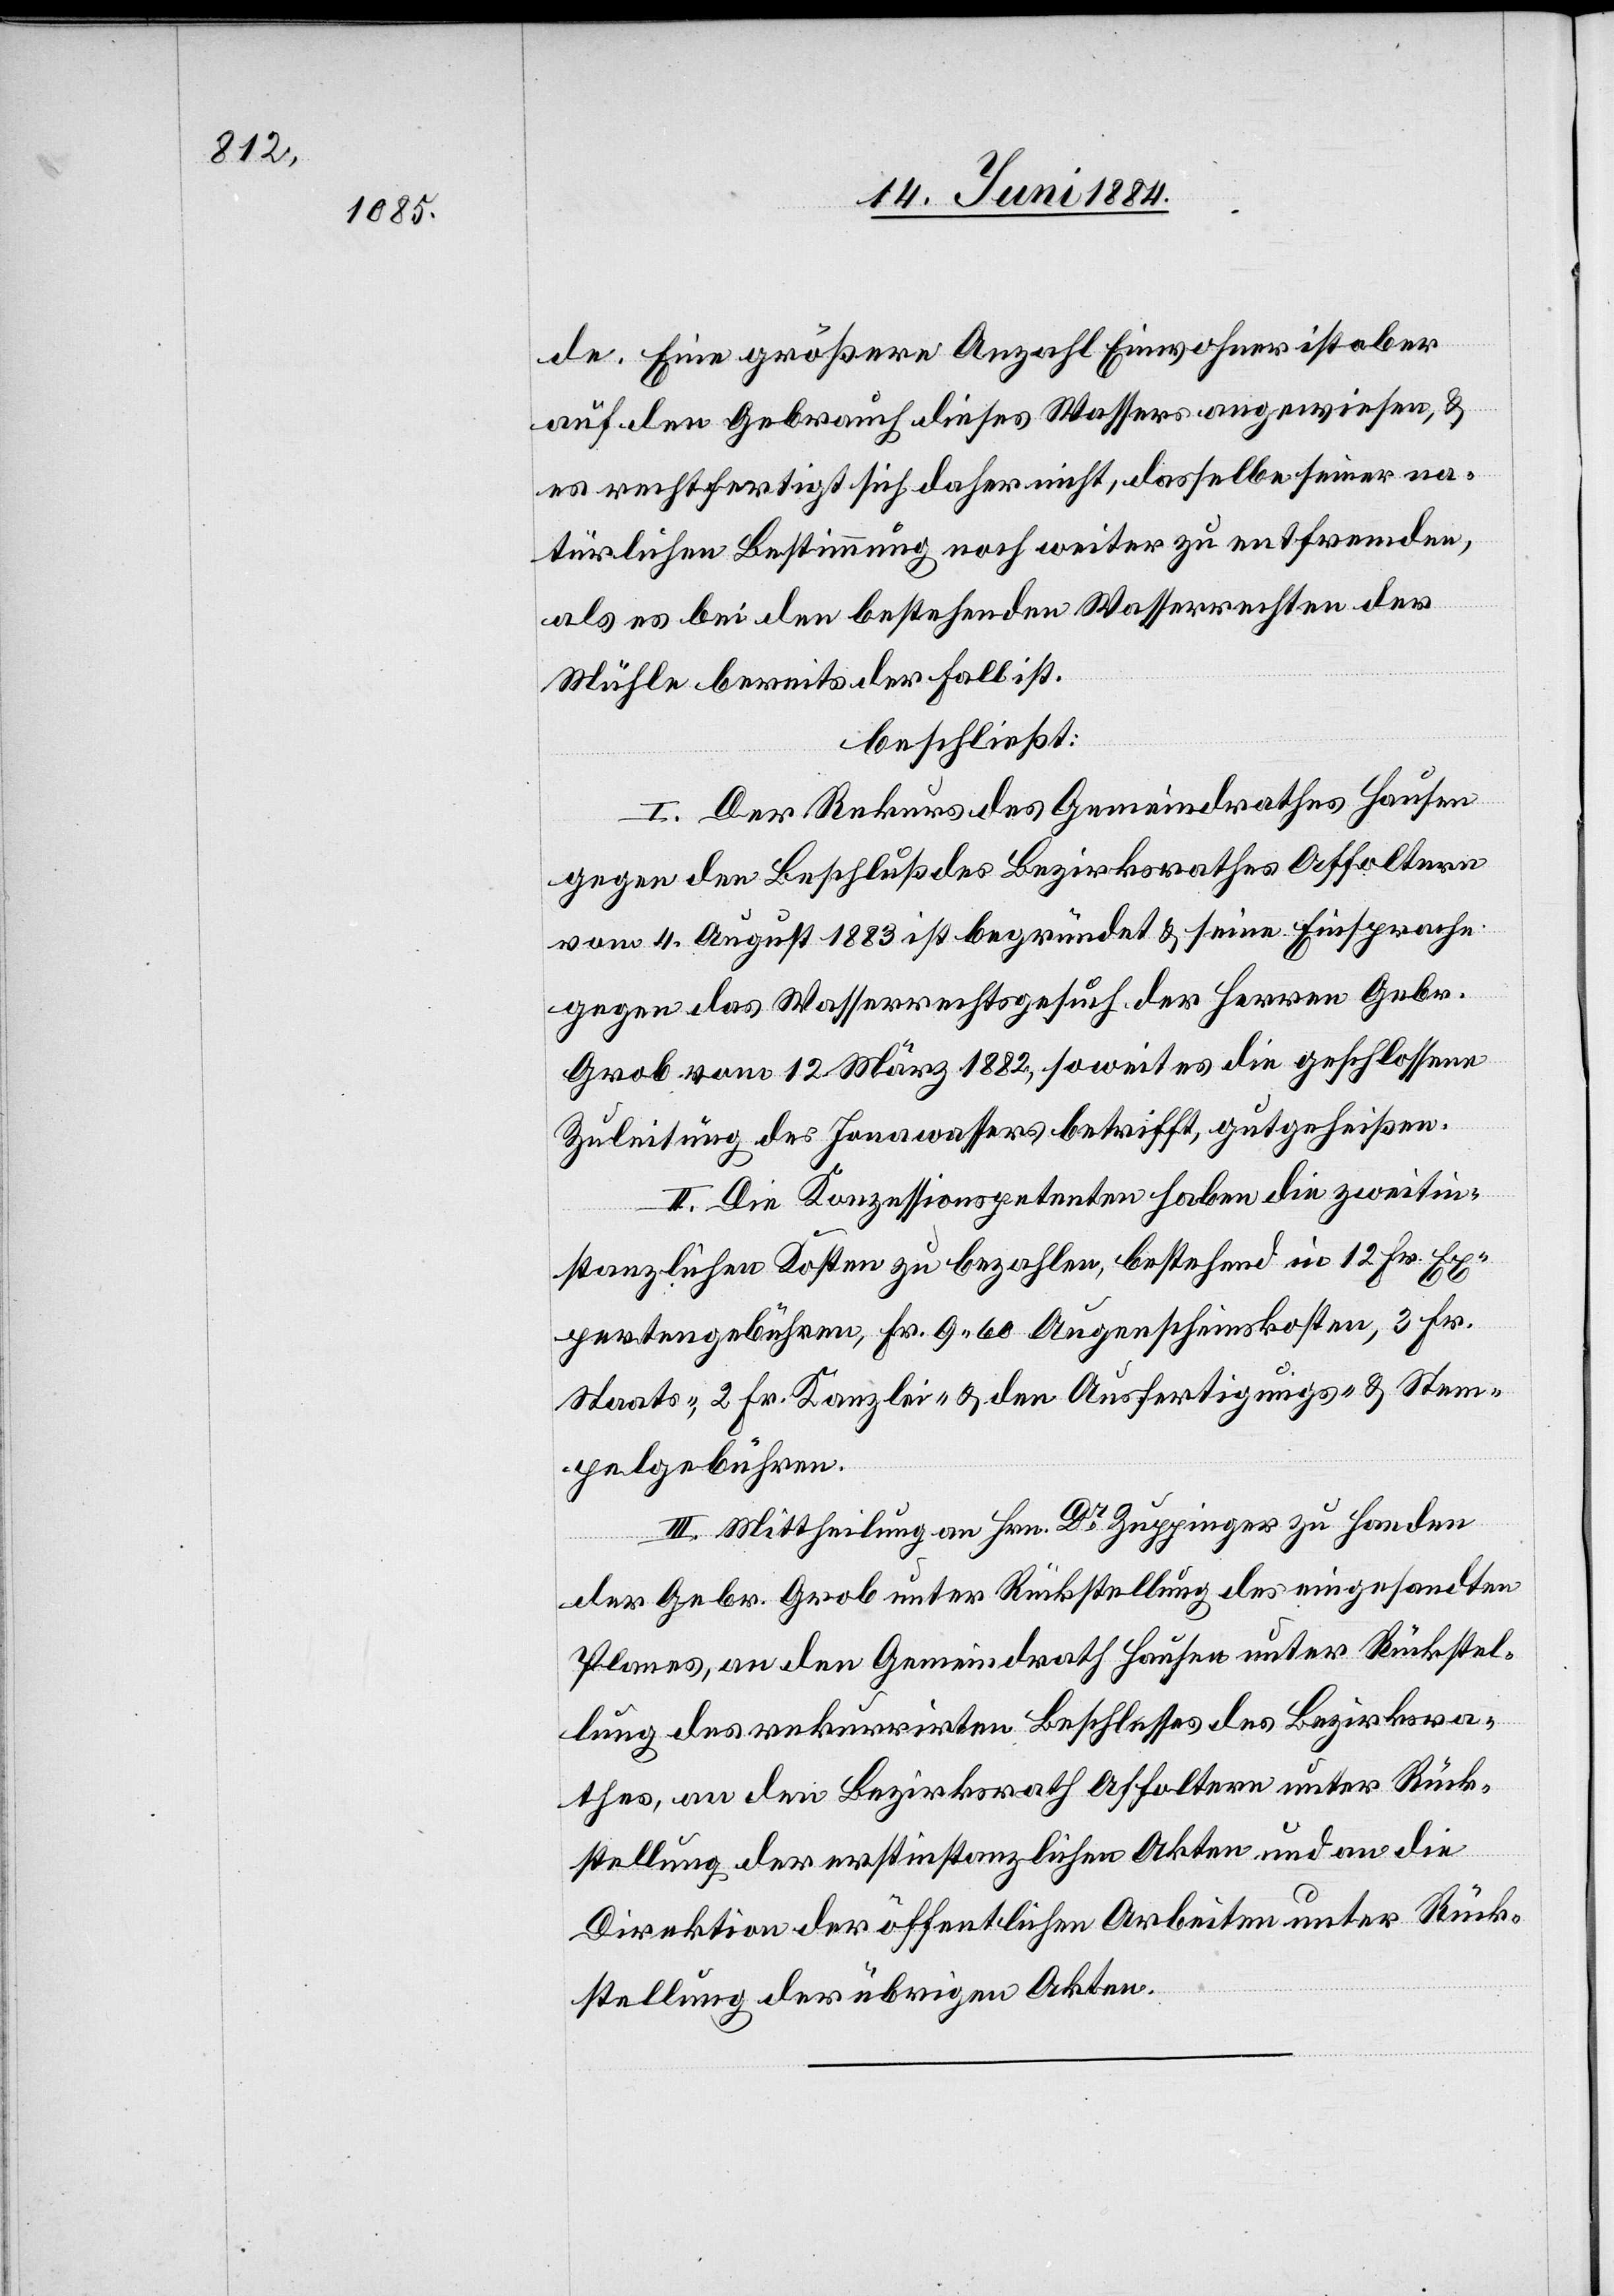
de. Eine größere Anzahl Einwohner ist aber
auf den Gebrauch dieses Wassers angewiesen, &
es rechtfertigt sich daher nicht, dasselbe seiner na¬
türlichen Bestimmung noch weiter zu entfremden,
als es bei den bestehenden Wasserrechten der
Mühle bereits der Fall ist.
beschließt:
I. Der Rekurs des Gemeindrathes Hausen
gegen den Beschluß des Bezirksrathes Affoltern
vom 4. August 1883 ist begründet & seine Einsprache
gegen das Wasserrechtsgesuch der Herren Gebr.
Grob vom 12. März 1882, soweit es die geschlossene
Zuleitung des Jonawassers betrifft, gutgeheißen.
II. Die Konzessionspetenten haben die zweitin¬
stanzlichen Kosten zu bezahlen, bestehend in 12 Fr. Ex¬
pertengebühren, Fr. 9 60 Augenscheinkosten, 3 Fr.
Staats-, 2 Fr. Kanzlei- & den Ausfertigungs- & Stem¬
pelgebühren.
III. Mittheilung an Hrn. Dr Zuppinger zu Handen
der Gebr. Grob unter Rückstellung des eingesandten
Planes, an den Gemeindrath Hausen unter Rückstel¬
lung des rekurrirten Beschlusses des Bezirksra¬
thes, an den Bezirksrath Affoltern unter Rück¬
stellung der erstinstanzlichen Akten und an die
Direktion der öffentlichen Arbeiten unter Rück¬
stellung der übrigen Akten.